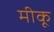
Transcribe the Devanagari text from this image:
मीकू